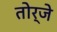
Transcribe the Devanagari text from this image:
तोर्जे